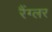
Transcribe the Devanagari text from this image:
रैंग्लर